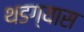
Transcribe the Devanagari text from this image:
थडग्यास